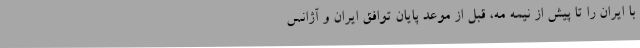
با ایران را تا پیش از نیمه مه، قبل از موعد پایان توافق ایران و آژانس